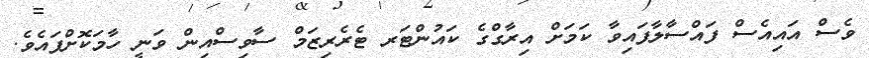
ވެސް އައިއެސް ފައްސާލާފައިވާ ކަމަށް އިރާގްގެ ކައުންޓަރ ޓެރެރިޒަމް ސާވިސްއިން ވަނީ ހާމަކޮށްފައެވެ.